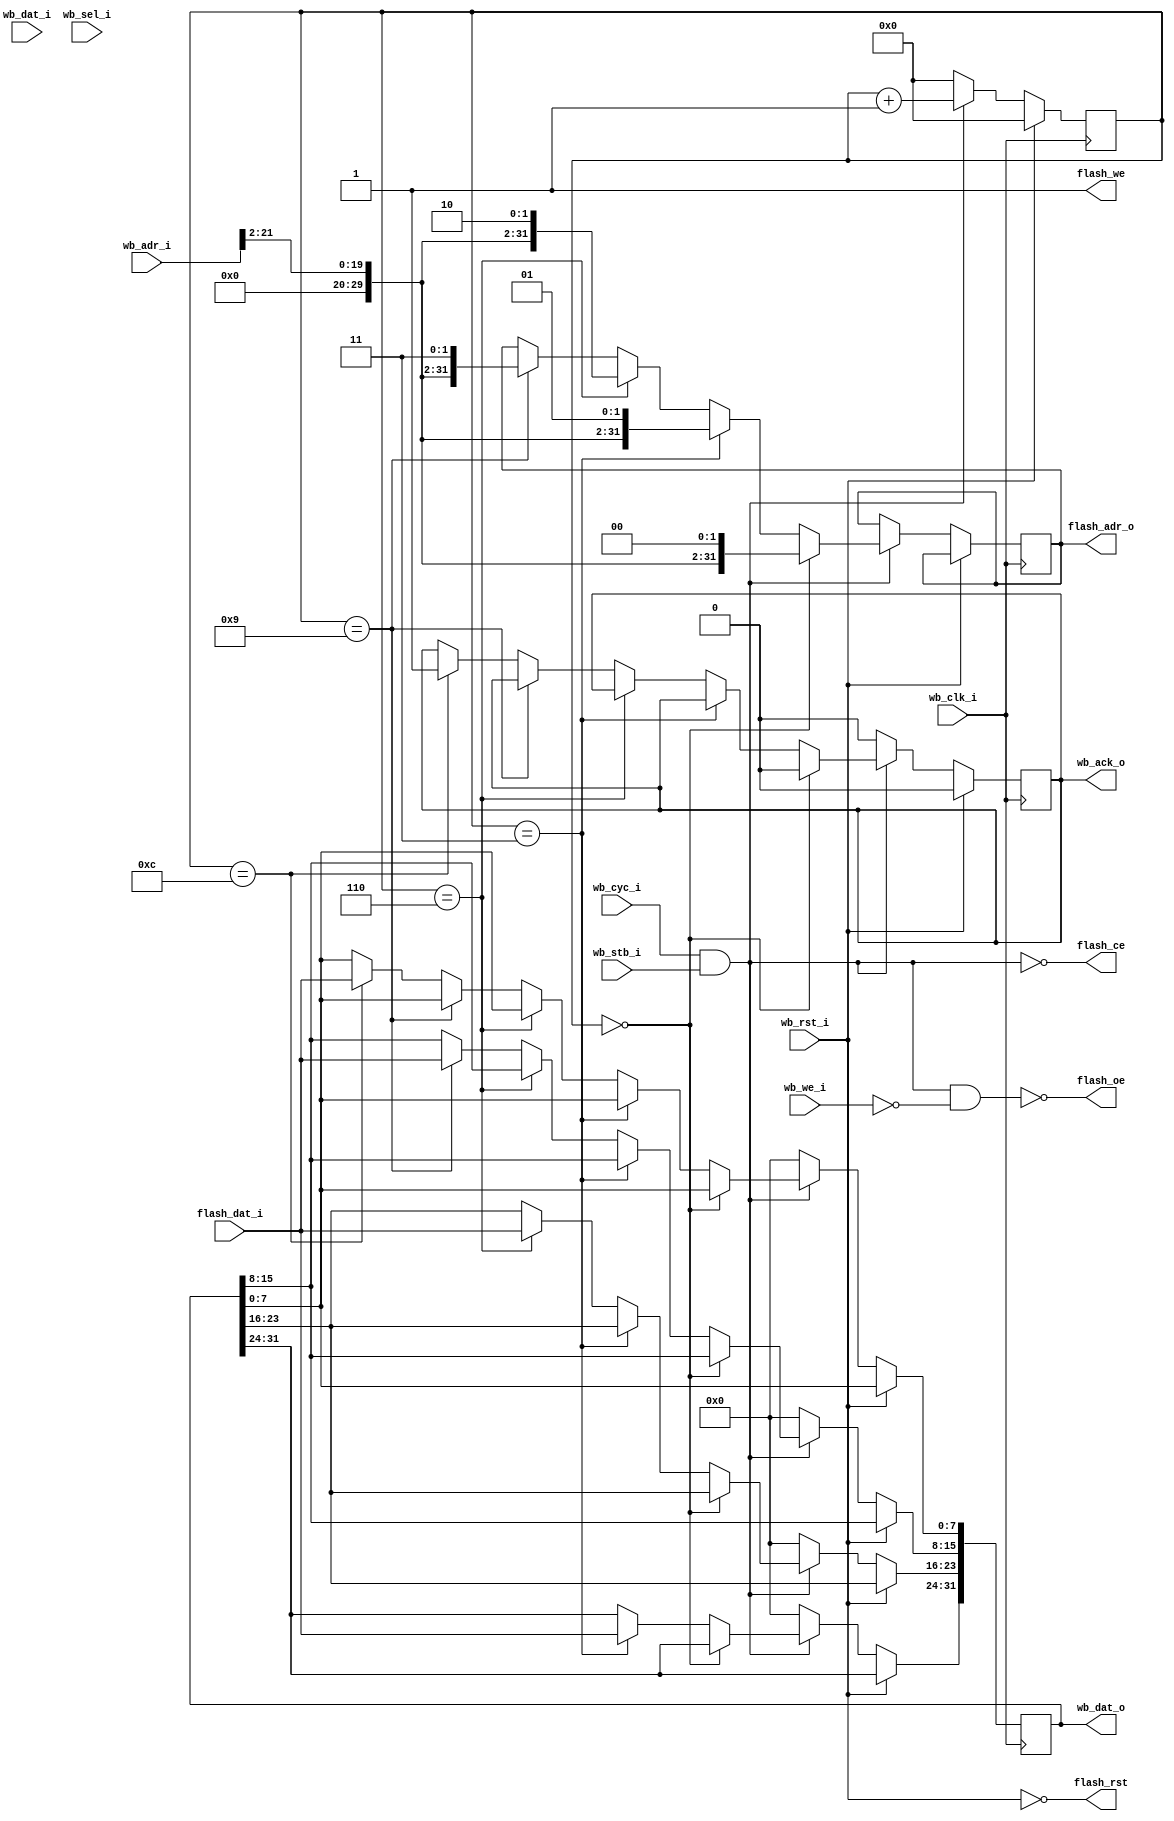
/* DE2Flash */
module flash_top(wb_clk_i, wb_rst_i, wb_cyc_i, wb_adr_i, wb_dat_i, wb_we_i, wb_sel_i, wb_stb_i, wb_dat_o, wb_ack_o,
				flash_adr_o, flash_dat_i, flash_rst, flash_oe, flash_ce, flash_we);

	/* Wishbone */
	input  wire							wb_clk_i;			/* Wishbone */
	input  wire 						wb_rst_i;			/* Wishbone */
	input  wire [31:0]					wb_adr_i;			/* Wishbone */
	output reg  [31:0]					wb_dat_o;			/* Wishbone */
	input  wire [31:0]					wb_dat_i;			/* Wishbone */
	input  wire [3:0]					wb_sel_i;			/* Wishbone */
	input  wire							wb_we_i;			/* Wishbone */
	input  wire							wb_stb_i;			/* Wishbone */
	input  wire							wb_cyc_i;			/* Wishbone */
	output reg							wb_ack_o;			/* Wishbone */
	
	/* Flash */
	output reg	[31:0]					flash_adr_o;		/* Flash */
	input  wire [7:0]					flash_dat_i;		/* Flash */
	output wire							flash_rst;			/* Flash */
	output wire 						flash_oe;			/* Flash */	
	output wire 						flash_ce;			/* Flash */
	output wire 						flash_we;			/* Flash */
	
	reg  [3:0]							waitstate;
	wire [1:0]							adr_low;
	
	/* Wishbonewb_acc1;
	** wb_rd1 */
	wire wb_acc = wb_cyc_i & wb_stb_i;						/* WISHBONE access */
	wire wb_rd	= wb_acc & !wb_we_i;						/* WISHBONE read access */
	
	/* wb_acc1wb_rd1Flash
	** flash_ceflash_oe0 */
	assign flash_ce = !wb_acc;
	assign flash_oe = !wb_rd;
	
	/* Flashflash_we1 */
	assign flash_we = 1'b1;
	
	assign flash_rst = !wb_rst_i;
	
	always @(posedge wb_clk_i)
		begin
			if(wb_rst_i == 1'b1)
				begin
					waitstate	<= 	4'h0;
					wb_ack_o  	<= 	1'b0;
				end
			/* wb_acc0 */
			else if(wb_acc == 1'b0)
				begin
					waitstate	<= 	4'h0;
					wb_ack_o  	<= 	1'b0;
					wb_dat_o  	<= 	32'h00000000;
				end
			/*  */
			else if(waitstate == 4'h0)
				begin
					wb_ack_o  	<= 	1'b0;
					
					if(wb_acc)
						waitstate	<=	waitstate + 4'h1;
					
					/*  */
					flash_adr_o	<= {10'b0000000000, wb_adr_i[21:2], 2'b00};
				end
			else
				begin
					/* waitstate1 */
					waitstate	<=	waitstate + 4'h1;
					
					if(waitstate == 4'h3)
						begin
							/* 3wb_dat_o[31:24] */
							wb_dat_o[31:24]	<=	flash_dat_i;
							
							/*  */
							flash_adr_o	<= {10'b0000000000, wb_adr_i[21:2], 2'b01};							
						end
					else if(waitstate == 4'h6)
						begin
							/* 3wb_dat_o[23:16] */
							wb_dat_o[23:16]	<=	flash_dat_i;
							
							/*  */
							flash_adr_o	<= {10'b0000000000, wb_adr_i[21:2], 2'b10};							
						end
					else if(waitstate == 4'h9)
						begin
							/* 3wb_dat_o[15:8] */
							wb_dat_o[15:8]	<=	flash_dat_i;
							
							/*  */
							flash_adr_o	<= {10'b0000000000, wb_adr_i[21:2], 2'b11};							
						end
					else if(waitstate == 4'hc)
						begin
							/* 3wb_dat_o[7:0] */
							wb_dat_o[7:0]	<=	flash_dat_i;
							
							/* wb_ack_o1Wishbone */
							wb_ack_o		<=	1'b1;
						end
					else if(waitstate == 4'hc)
						begin
							/* 1wb_ack_o0Wishbone */
							wb_ack_o		<=	1'b0;
							waitstate		<=	4'h0;
						end
				end		
		end
			
endmodule